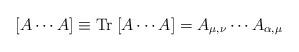
LaTeX: \begin{align*}[A \cdots A] \equiv \mathrm{Tr}\; [A \cdots A] = A_{\mu, \nu} \cdots A_{\alpha,\mu}\end{align*}